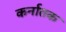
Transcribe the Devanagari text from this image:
कर्नातक